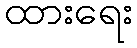
ထားရေး